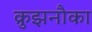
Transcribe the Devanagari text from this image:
क्रुझनौका